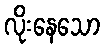
လိုးနေသော